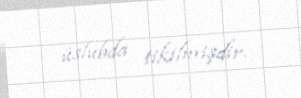
üslubda tikilmişdir.